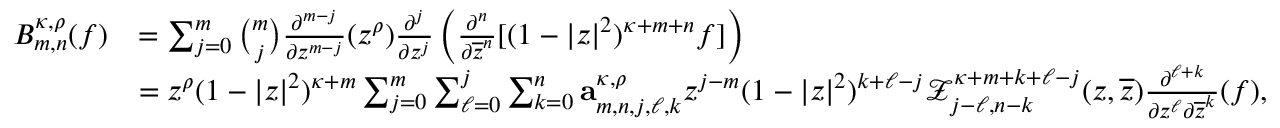
\begin{array} { r l } { B _ { m , n } ^ { \kappa , \rho } ( f ) } & { = \sum _ { j = 0 } ^ { m } \binom { m } { j } \frac { \partial ^ { m - j } } { \partial { z ^ { m - j } } } ( z ^ { \rho } ) \frac { \partial ^ { j } } { \partial { z ^ { j } } } \left( \frac { \partial ^ { n } } { \partial { \overline { { z } } ^ { n } } } [ ( 1 - | z | ^ { 2 } ) ^ { \kappa + m + n } f ] \right) } \\ & { = z ^ { \rho } ( 1 - | z | ^ { 2 } ) ^ { \kappa + m } \sum _ { j = 0 } ^ { m } \sum _ { \ell = 0 } ^ { j } \sum _ { k = 0 } ^ { n } \mathbf { a } _ { m , n , j , \ell , k } ^ { \kappa , \rho } z ^ { j - m } ( 1 - | z | ^ { 2 } ) ^ { k + \ell - j } \mathcal { Z } _ { j - \ell , n - k } ^ { \kappa + m + k + \ell - j } ( z , \overline { { z } } ) \frac { \partial ^ { \ell + k } } { \partial z ^ { \ell } \partial \overline { { z } } ^ { k } } ( f ) , } \end{array}